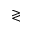
\gtrless